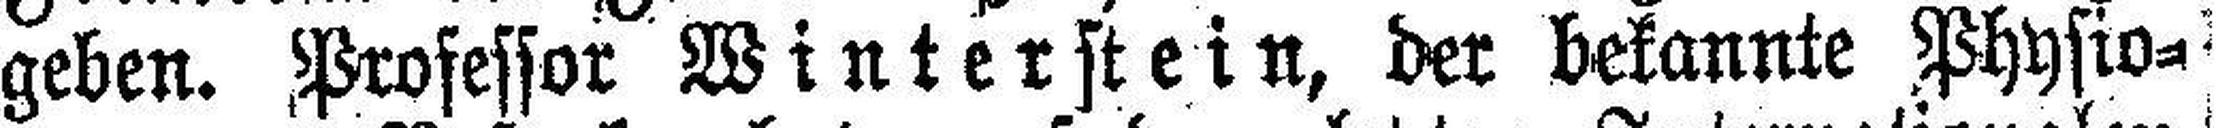
geben. Professor Winterstein, der bekannte Physio¬